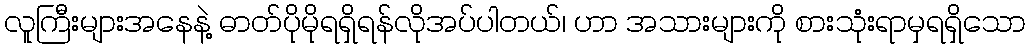
လူကြီးများအနေနဲ့ ဓာတ်ပိုမိုရရှိရန်လိုအပ်ပါတယ်၊ ဟာ အသားများကို စားသုံးရာမှရရှိသော